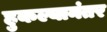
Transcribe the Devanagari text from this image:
हुकल्यानंतर